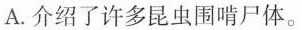
A. 介绍了许多昆虫围嘴尸体。